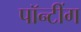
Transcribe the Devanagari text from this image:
पॉन्टींग